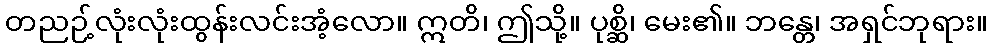
တညဉ့်လုံးလုံးထွန်းလင်းအံ့လော။ ဣတိ၊ ဤသို့။ ပုစ္ဆိ၊ မေး၏။ ဘန္တေ၊ အရှင်ဘုရား။